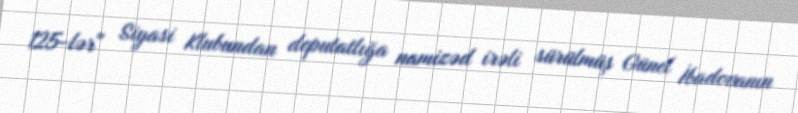
125-lər" Siyasi Klubundan deputatlığa namizəd irəli sürülmüş Günel İbadovanın